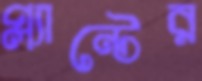
প্ল্যান্টের